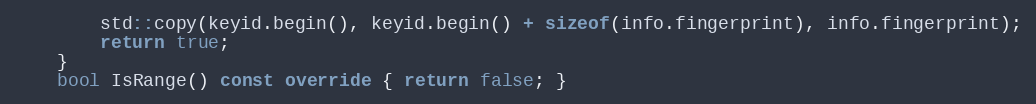
Language: C++
        std::copy(keyid.begin(), keyid.begin() + sizeof(info.fingerprint), info.fingerprint);
        return true;
    }
    bool IsRange() const override { return false; }